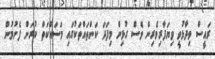
ރައީސް ވިދާޅުވީ ވިޔަފާރިވެރިން ވެސް ގުޅިން މިފަދަ ކަންތައްތަކުގައި މަސައްކަތް ކުރަން ފެށުމުން